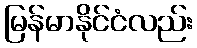
မြန်မာနိုင်ငံလည်း